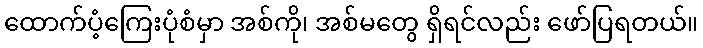
ထောက်ပံ့ကြေးပုံစံမှာ အစ်ကို၊ အစ်မတွေ ရှိရင်လည်း ဖော်ပြရတယ်။